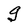
Character: g